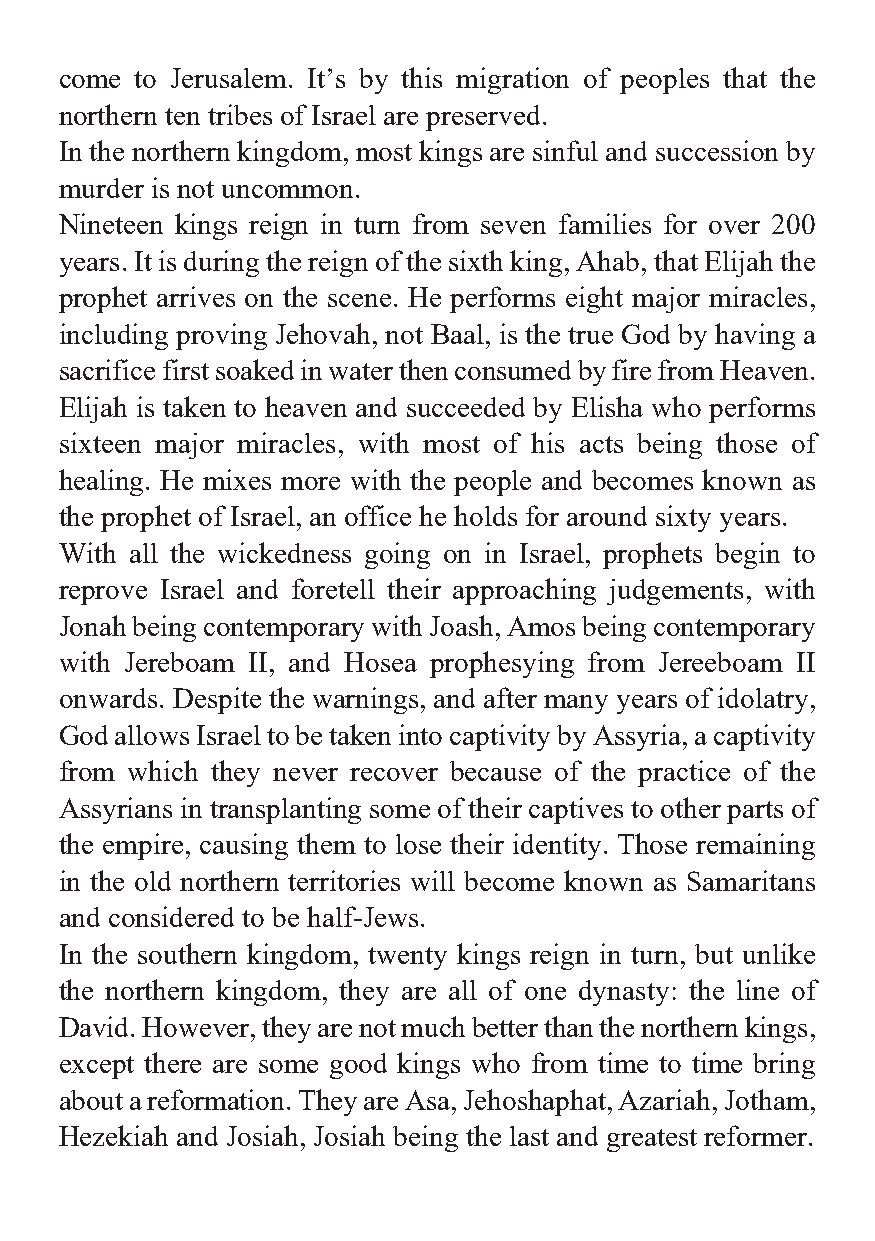
come to Jerusalem. It’s by this migration of peoples that the
 northern ten tribes of Israel are preserved.
 In the northern kingdom, most kings are sinful and succession by
 murder is not uncommon.
 Nineteen kings reign in turn from seven families for over 200
 years. It is during the reign of the sixth king, Ahab, that Elijah the
 prophet arrives on the scene. He performs eight major miracles,
 including proving Jehovah, not Baal, is the true God by having a
 sacrifice first soaked in water then consumed by fire from Heaven.
 Elijah is taken to heaven and succeeded by Elisha who performs
 sixteen major miracles, with most of his acts being those of
 healing. He mixes more with the people and becomes known as
 the prophet of Israel, an office he holds for around sixty years.
 With all the wickedness going on in Israel, prophets begin to
 reprove Israel and foretell their approaching judgements, with
 Jonah being contemporary with Joash, Amos being contemporary
 with Jereboam II, and Hosea prophesying from Jereeboam II
 onwards. Despite the warnings, and after many years of idolatry,
 God allows Israel to be taken into captivity by Assyria, a captivity
 from which they never recover because of the practice of the
 Assyrians in transplanting some of their captives to other parts of
 the empire, causing them to lose their identity. Those remaining
 in the old northern territories will become known as Samaritans
 and considered to be half-Jews.
 In the southern kingdom, twenty kings reign in turn, but unlike
 the northern kingdom, they are all of one dynasty: the line of
 David. However, they are not much better than the northern kings,
 except there are some good kings who from time to time bring
 about a reformation. They are Asa, Jehoshaphat, Azariah, Jotham,
 Hezekiah and Josiah, Josiah being the last and greatest reformer.